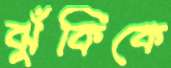
ঝুঁকিকে